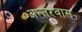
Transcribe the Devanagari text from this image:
अन्तरवास